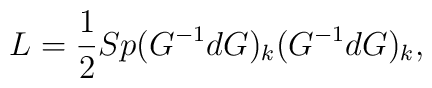
L={1\over 2}Sp(G^{-1}dG)_k(G^{-1}dG)_k,